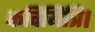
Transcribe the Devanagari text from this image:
कवियित्रि।